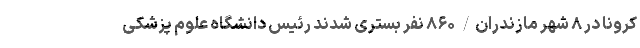
کرونا در ۸ شهر مازندران/ ۸۶۰ نفر بستری شدند رئیس دانشگاه علوم پزشکی